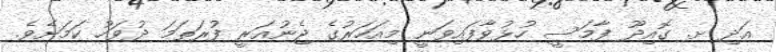
އަދި ށ. ގޮއިދޫ ފާމަސީ ހުޅުވާފައިވަނީ މިއަހަރުގެ ޖެނުއަރީ ފުރަތަމަ ދުވަހު ކަމަށެވެ.